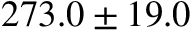
2 7 3 . 0 \pm 1 9 . 0